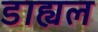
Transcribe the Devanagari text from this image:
डाह्यल